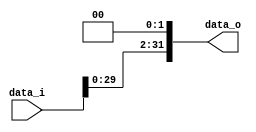
// 0410893
//Subject:      CO project 2 - Shift_Left_Two_32
//--------------------------------------------------------------------------------
//Version:     1
//--------------------------------------------------------------------------------
//Description: 
//--------------------------------------------------------------------------------

module Shift_Left_Two_32(
    data_i,
    data_o
);

//I/O ports                    
input [32-1:0] data_i;
output [32-1:0] data_o;

wire   [32-1:0] data_o;
//shift left 2
assign data_o = {data_i[29:0], 2'b00};     
endmodule